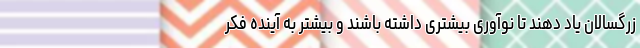
زرگسالان یاد دهند تا نوآوری بیشتری داشته باشند و بیشتر به آینده فکر